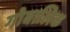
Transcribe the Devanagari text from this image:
गोबालिक